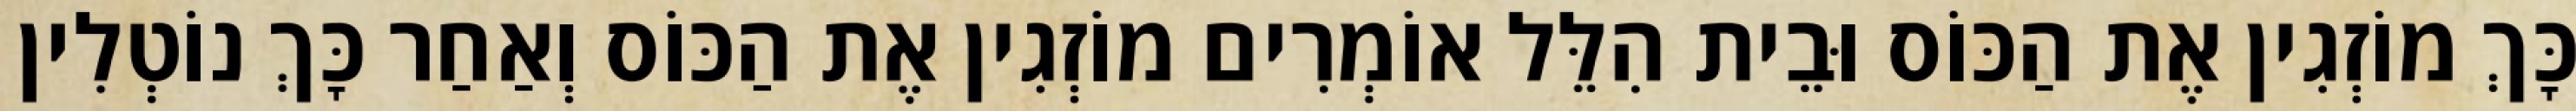
כָּךְ מוֹזְגִין אֶת הַכּוֹס וּבֵית הִלֵּל אוֹמְרִים מוֹזְגִין אֶת הַכּוֹס וְאַחַר כָּךְ נוֹטְלִין